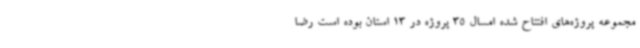
مجموعه پروژه‌های ‌افتتاح شده امسال 35 پروژه در 13 استان بوده است ‌رضا